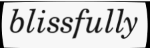
blissfully